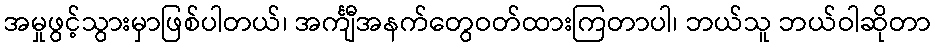
အမှုဖွင့်သွားမှာဖြစ်ပါတယ်၊ အင်္ကျီအနက်တွေဝတ်ထားကြတာပါ၊ ဘယ်သူ ဘယ်ဝါဆိုတာ